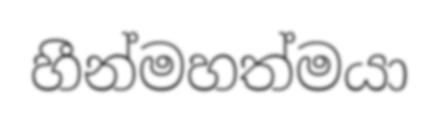
හීන්මහත්මයා